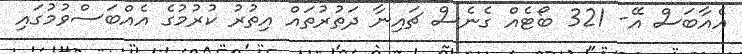
އެއާބަސް އޭ- 321 ބޯޓެއް ގެނެސް ޗައިނާ ދަތުރުތައް އިތުރު ކުރުމުގެ އެއްބަސްވުމުގައި